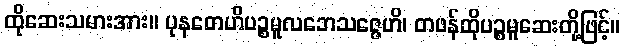
ထိုဆေးသမားအား။ ပုနတေဟိပဉ္စမူလဘေသဇ္ဇေဟိ၊ တဖန်ထိုပဉ္စမူဆေးတို့ဖြင့်။